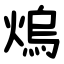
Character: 熓